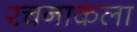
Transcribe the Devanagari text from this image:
रचनाकला